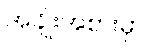
အချိုးအစားမှာ